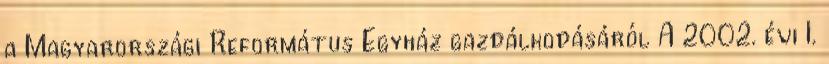
a Magyarországi Református Egyház gazdálkodásáról A 2002. évi I.